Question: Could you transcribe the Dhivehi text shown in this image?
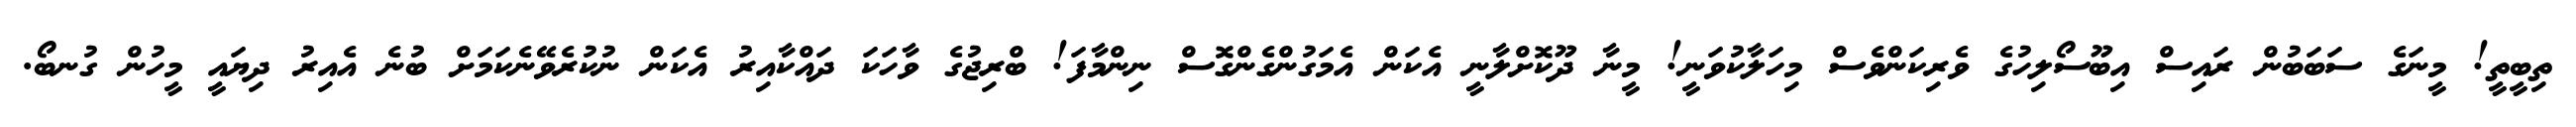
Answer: ތިބީތީ! މީނަގެ ސަބަބުން ރައިސް އިބޫސޯލިހުގެ ވެރިކަންވެސް މިހަލާކުވަނީ! މީނާ ދޫކޮށްލާނީ އެކަން އެމަގުންގެންގޮސް ނިންމާފަ! ބްރިޖުގެ ވާހަކަ ދައްކާއިރު އެކަން ނުކުރެވޭނެކަމަށް ބުނެ އެއިރު ދިޔައީ މީހުން ގުނބޯ.